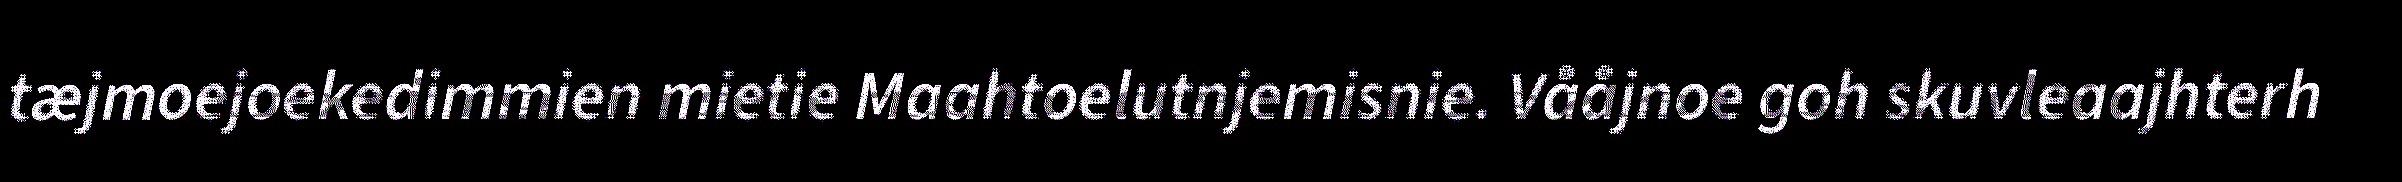
tæjmoejoekedimmien mietie Maahtoelutnjemisnie. Vååjnoe goh skuvleaajhterh